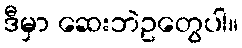
ဒီမှာ ဆေးဘဲဥတွေပါ။